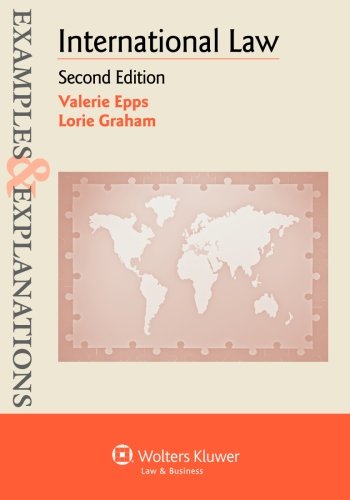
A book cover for Examples & Explanations: International Law; Valerie Epps; Law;